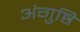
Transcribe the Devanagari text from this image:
अंगुष्ठि